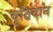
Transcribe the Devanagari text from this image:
वृतिदान